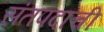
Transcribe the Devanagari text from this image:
संतपदाची